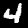
Digit: 4